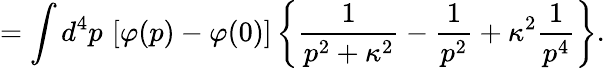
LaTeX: =\int d^{4}p\, \left[\varphi(p)-\varphi(0)\right]\left\{ {\frac{1}{p^{2}+\kappa^{2}}}-{\frac{1}{p^{2}}}+\kappa^{2}{\frac{1}{p^{4}}}\right\} .